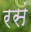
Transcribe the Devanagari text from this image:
रसं